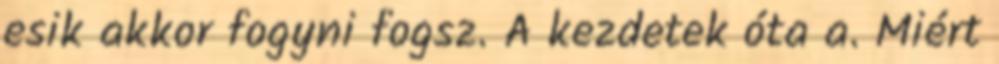
esik akkor fogyni fogsz. A kezdetek óta a. Miért